Vital statistics of India. Vol. VI, European troops 1870-79
Year: 1870
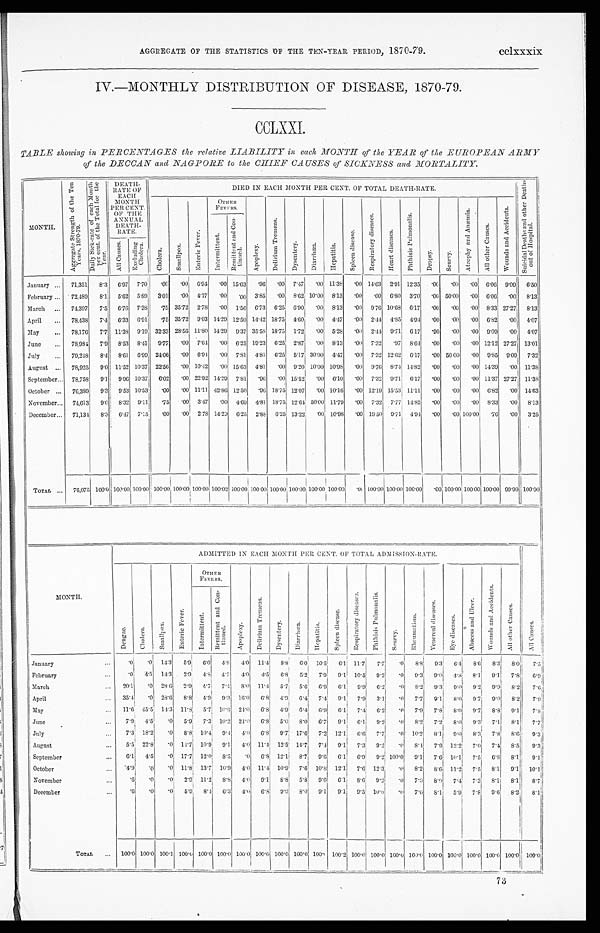
AGGREGATE OF THE STATISTICS OF THE TEN-YEAR PERIOD, 1870-79.
cclxxxix
IV.—MONTHLY DISTRIBUTION OF DISEASE, 1870-79.
CCLXXI.
TABLE showing in PERCENTAGES the relative LIABILITY in each MONTH of the YEAR of the EUROPEAN ARMY
of the DECCAN and NAGPORE to the CHIEF CAUSES of SICKNESS and MORTALITY.
MONTH.
A g g r e g a t e S t r e n g t h o f t h e T e n
Y e a r s , 1 8 7 0 - 7 9 . D a i l y S i c k - r a t e o f e a c h M o n t h
p e r c e n t . o f t h e T o t a l f o r t h e
Year.
DEATH-
R A T E O F
EACH
MONTH
PER CENT.
OF THE
ANNUAL
DEATH-
RATE.
DIED IN EACH MONTH PER CENT. OF TOTAL DEATH-RATE.
S u i c i d a l D e a t h s a n d o t h e r D e a t h s
o u t o f H o s p i t a l .
C h o l e r a .
S m a l l p o x .
E n t e r i c F e v e r .
OTHER
FEVERS.
A p o p l e x y .
D e l i r i u m T r e m e n s .
D y s e n t e r y .
D i a r r h œ a .
He p a t i t i s .
S p l e e n d i s e a s e .
R e s p i r a t o r y d i s e a s e s .
H e a r t d i s e a s e s .
P h t h i s i s P u l m o n a l i s .
D r o p s y .
S c u r v y .
A t r o p h y a n d A n æ m i a .
A l l o t h e r C a u s e s .
W o u n d s a n d A c c i d e n t s .
I n t e r m i t t e n t .
R e m i t t e n t a n d C o n -
t i n u e d .
Al l Causes. E x c l u d i n g
C h o l e r a .
January
. . . 71,351 8.3 6.97 7.70 .00
. 0 0 6.94 .00 15.63 .96 .00 7.47 .00 11.38
. 0 0 14.63 2.91 12.35
. 0 0 .00 .00 6.06 9.09 6.50
February . . . 72,489 8.1 5.62 5.89 3.01 .00 4.17 .00
. 00 3.85 .00 8.62 10.00 8.13
. 0 0 .00 6.80 3.70
. 0 0 50.00 .00 6.06 .00 8.13
March
. . . 74,397 7.5 6.76 7.38 .75 35.72 2.78 .00 1.56 6.73 6.25 6.90 .00 8.13
. 0 0 9.76 10.68 6.17
. 0 0 .00 .00 8.33 27.27 8.13
April
. . . 78,438 7.4 6.33 6.91 .75 35.72 9.03 14.29 12.50 14.42 18.75 4.60 .00 4.47
. 0 0 2.44 4.85 4.94
. 0 0 .00 .00 6.82 .00 4.07
May
. . . 78,176 7.7 11.38 9.19 32.33 28.56 11.80 14.29 9.37 35.58 18.75 1.72 .00 5.28
. 0 0 2.44 9.71 6.17
. 9 0 .00 .00 9.09 .00 4.07
June
. . . 78,984 7.9 8.53 8.41 9.77 .00 7.64 .00 6.25 19.23 6.25 2.87 .00 8.13
. 0 0 7.32 .97 8.64
. 0 0 .00
. 0 0 12.12 27.27 13.01
July
. . . 79,248 8.4 8.61 6.99 24.06 .00 6.94 .00 7.81 4.81 6.25 5.17 30.00 4.47
. 0 0 7.32 12.62 6.17
. 0 0 50.00 .00 9.85 9.09 7. 32
August
. . . 78,925 9.0 11.52 10.37 22.56 . 00 10.42 .00 15.63 4.81 .00 9.20 10.00 10.98
. 0 0 9.76 8.74 14.82
. 0 0 .00 .00 14.39 .00 11.38
September . . . 78,758 9.1 9.96 10.37 6.02 .00 22.92 14.29 7.81 .96 .00 15.52 .00 6.10
. 0 0 7.32 9.71 6.17
. 0 0 .00 .00 11.37 27.27 11.38
October
. . . 76,389 9.3 9.53 10.53 .00 .00 11.11 42.86 12.50 .96 18.75 12.07 .00 10.16
. 0 0 12.19 15.53 11.11
. 0 0 .00 .00 6.82 .00 14.63
November . . . 74,613 9.0 8.32 9.11 .75 .00 3.47 .00 4.69 4.81 18.75 12.64 50.00 11.79
. 0 0 7.32 7.77 14.82
. 0 0 .00 .00 8.33 .00 8. 13
December
. . .
71,134 8.3 6.47 7.15 .00 .00 2.78 14.29 6.25 2.88 6.25 13.22 .00 10.98
. 0 0 19.50 9.71 4.94
. 0 0 .00 100.00 .76 .00 3. 25
TOTAL ... 76,075 100.0 100.00100.00
1 0 0 . 0 0
100.00 100.00 100.02 100.00 100.00 100.00 100.00 100.00100.00
. 0 0 100.00 100.00 100.00
. 0 0 100.00 100.00 100.00 99.99 100.00
M O N T H .
ADMITTED IN EACH MONTH PER CENT. OF TOTAL ADMISSION-RATE.
A l l C a u s e s .
D e n g u e .
C h o l e r a .
S m a l l p o x .
E n t e r i c F e v e r .
OTHER
FEVERS.
A p o p l e x y .
D e l i r i u m T r e m e n s .
D y s e n t e r y .
D i a r r h œ a .
H e p a t i t i s .
S p l e e n d i s e a s e .
R e s p i r a t o r y d i s e a s e s .
P h t h i s i s P u l m o n a l i s .
S c u r v y .
R h e u m a t i s m .
V e n e r e a l d i s e a s e s . E y e d i s e a s e s .
A b s c e s s a n d U l c e r .
W o u n d s a n d A c c i d e n t s .
A l l o t h e r C a u s e s .
I n t e r m i t t e n t .
R e m i t t e n t a n d C o n -
t i n u e d .
January
. . .
0 .0 14.3 5.9 6.0 4.8 4.0 11.4 8.8 6.0 10.5 6.1 11.7 7.7
. 0 8.8 9.3 6.4 8.6 8.3 8.0 7.5
February
. . .
. 0 4.5 14.3 2.9 4.8
4 . 7 4.0 4.5 6.8 5.2 7.9 9.1 10.5 9.2 .0 9.3
9 . 0 4.8 8.1 9.1 7.8 6.9
March
. . . 20.1 .0 28. 6
2.9
4 . 7 7.4 8.0 11.4 5.7 5.6 6.9 6.1
9.9 6.2 .0 8.2
9 . 3 9.0 9.2 9.9 8.2 7.6
April
. . . 35.4 .0 28.6 8.8 4.9 9.3 16.0 6.8 4.9 6.4 7.4 9.1 7.9 3.1 .0 7.7
9 . 1 8.0 9.7 9.0 8.2 7.9
May
. . . 11.6 45.5 14.3 11.8 5.7 10.6 24.0 6.8 4.9 6.4 6.9 6.1 7.4 6.2 .0 7.9 7.8 8.0 9.7 8.8
9 . 1 7.8
June
...
7.9 4.5 .0 5.9 7.3 10.2 24.0
6 . 8 5.0 8.0 6.7 9.1 6.1 9.2 .0 8.2 7.2 8.0 9.3 7.1 8.1 7.7
July
...
7.3 18.2 .0 8.8 10.4 9.4 4.0 6.8 9.7 17.6 7.2 12.1 6.6 7.7 .0 10.2 8.1 9.0 8.3 7.8 8.6 9.3
August
. . .
5.5 22.8 .0 14.7 10.9 9.1 4.0 11.4 12.5 14.7 7.4 9.1 7.3 9.2 .0 8.4 7.9 12.2 7.0 7.4 8.5 9.3
September
. . .
6.1 4.5 .0 17.7 12.0 8.5 .0 6.8 12.1 8.7 9.6 6.1 6.9
9 . 2 100.0 9.1 7.6 10.1 7.5 6.8 8.1 9.1
October
...
4.9 .0 .0 11.8 13.7 10.9 4.0 11.4 10.9 7.6 10.8 12.1 7.6 12.3
. 0 8.2 8.6 11.2 7.5 8.1 9.1 10.1
November
. . .
.6 .0 .0 2.9 11.2 8.8 4.0 9.1 8.8 5.8 9.6 6.1 8.6 9.2
. 0 7.0 8.0 7.4 7.3 8.1 8.1 8.7
December
...
.6 .0 .0 5.9 8.4 6.3 4.0 6.8 9.9 8.0 9.1 9.1 9.5 10.8
. 0
7.0 8.1 5.9 7.8 9.6 8.2 8.1
TOTAL... 100.0 100.0 100.1 100.0 100.0 100.0 100.0 100.0 100.0 100.0 100.0 100.2 100.0 100.0 100.0 100.0 100.0 100.0 100.0 100.0 100.0 100.0
73